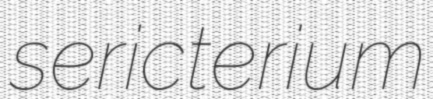
sericterium